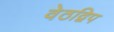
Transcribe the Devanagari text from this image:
वेठद्विप